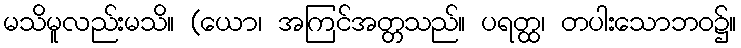
မသိမူလည်းမသိ။ (ယော၊ အကြင်အတ္တသည်။ ပရတ္ထ၊ တပါးသောဘဝ၌။